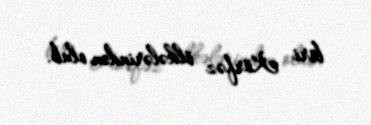
biri Körfəz ölkələrindən olub.